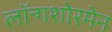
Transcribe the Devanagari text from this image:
लॉन्गशोरमेन